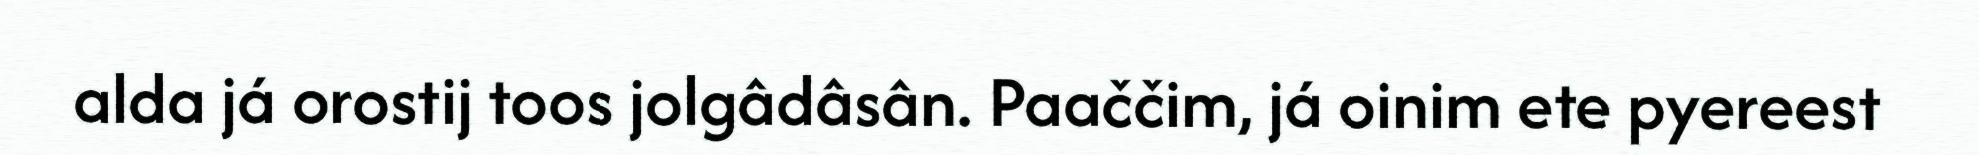
alda já orostij toos jolgâdâsân. Paaččim, já oinim ete pyereest